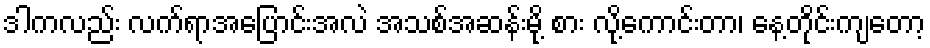
ဒါကလည်း လက်ရာအပြောင်းအလဲ အသစ်အဆန်းမို့ စား လို့ကောင်းတာ၊ နေ့တိုင်းကျတော့